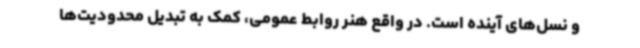
و نسل‌های آینده است. در واقع هنر روابط عمومی، کمک به تبدیل محدودیت‌ها